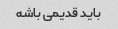
باید قدیمی باشه